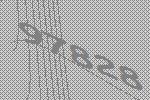
97828